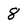
Character: 8